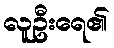
လူဦးရေ၏